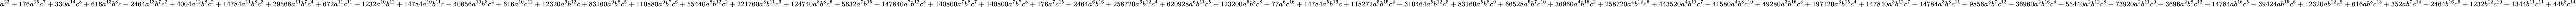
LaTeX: a^{22}+176a^{15}c^{7}+330a^{14}c^{8}+616a^{13}b^{8}c+2464a^{13}b^{7}c^{2}+4004a^{12}b^{8}c^{2}+14784a^{11}b^{8}c^{3}+29568a^{11}b^{7}c^{4}+672a^{11}c^{11}+1232a^{10}b^{12}+14784a^{10}b^{11}c+40656a^{10}b^{8}c^{4}+616a^{10}c^{12}+12320a^{9}b^{12}c+83160a^{9}b^{8}c^{5}+110880a^{9}b^{7}c^{6}+55440a^{8}b^{12}c^{2}+221760a^{8}b^{11}c^{3}+124740a^{8}b^{8}c^{6}+5632a^{7}b^{15}+147840a^{7}b^{12}c^{3}+140800a^{7}b^{8}c^{7}+140800a^{7}b^{7}c^{8}+176a^{7}c^{15}+2464a^{6}b^{16}+258720a^{6}b^{12}c^{4}+620928a^{6}b^{11}c^{5}+123200a^{6}b^{8}c^{8}+77a^{6}c^{16}+14784a^{5}b^{16}c+118272a^{5}b^{15}c^{2}+310464a^{5}b^{12}c^{5}+83160a^{5}b^{8}c^{9}+66528a^{5}b^{7}c^{10}+36960a^{4}b^{16}c^{2}+258720a^{4}b^{12}c^{6}+443520a^{4}b^{11}c^{7}+41580a^{4}b^{8}c^{10}+49280a^{3}b^{16}c^{3}+197120a^{3}b^{15}c^{4}+147840a^{3}b^{12}c^{7}+14784a^{3}b^{8}c^{11}+9856a^{3}b^{7}c^{12}+36960a^{2}b^{16}c^{4}+55440a^{2}b^{12}c^{8}+73920a^{2}b^{11}c^{9}+3696a^{2}b^{8}c^{12}+14784ab^{16}c^{5}+39424ab^{15}c^{6}+12320ab^{12}c^{9}+616ab^{8}c^{13}+352ab^{7}c^{14}+2464b^{16}c^{6}+1232b^{12}c^{10}+1344b^{11}c^{11}+44b^{8}c^{14}